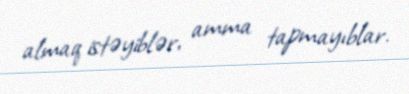
almaq istəyiblər, amma tapmayıblar.